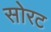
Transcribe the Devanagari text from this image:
सोरट